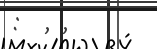
: